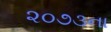
૨૦૭૩ના